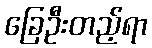
ခြေဦးတည့်ရာ